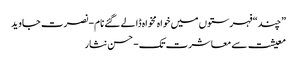
”چند“ فہرستوں میں خواہ مخواہ ڈالے گئے نام- نصرت جاوید
معیشت سے معاشرت تک- حسن نثار